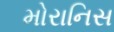
મોરાનિસ